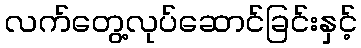
လက်တွေ့လုပ်ဆောင်ခြင်းနှင့်